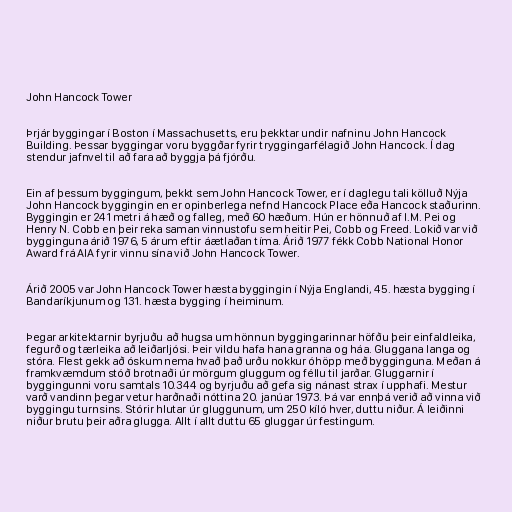
John Hancock Tower

Þrjár byggingar í Boston í Massachusetts, eru þekktar undir nafninu John Hancock
Building. Þessar byggingar voru byggðar fyrir tryggingarfélagið John Hancock. Í dag
stendur jafnvel til að fara að byggja þá fjórðu.

Ein af þessum byggingum, þekkt sem John Hancock Tower, er í daglegu tali kölluð Nýja
John Hancock byggingin en er opinberlega nefnd Hancock Place eða Hancock staðurinn.
Byggingin er 241 metri á hæð og falleg, með 60 hæðum. Hún er hönnuð af I.M. Pei og
Henry N. Cobb en þeir reka saman vinnustofu sem heitir Pei, Cobb og Freed. Lokið var við
bygginguna árið 1976, 5 árum eftir áætlaðan tíma. Árið 1977 fékk Cobb National Honor
Award frá AIA fyrir vinnu sína við John Hancock Tower.

Árið 2005 var John Hancock Tower hæsta byggingin í Nýja Englandi, 45. hæsta bygging í
Bandaríkjunum og 131. hæsta bygging í heiminum.

Þegar arkitektarnir byrjuðu að hugsa um hönnun byggingarinnar höfðu þeir einfaldleika,
fegurð og tærleika að leiðarljósi. Þeir vildu hafa hana granna og háa. Gluggana langa og
stóra. Flest gekk að óskum nema hvað það urðu nokkur óhöpp með bygginguna. Meðan á
framkvæmdum stóð brotnaði úr mörgum gluggum og féllu til jarðar. Gluggarnir í
byggingunni voru samtals 10.344 og byrjuðu að gefa sig nánast strax í upphafi. Mestur
varð vandinn þegar vetur harðnaði nóttina 20. janúar 1973. Þá var ennþá verið að vinna við
byggingu turnsins. Stórir hlutar úr gluggunum, um 250 kíló hver, duttu niður. Á leiðinni
niður brutu þeir aðra glugga. Allt í allt duttu 65 gluggar úr festingum.